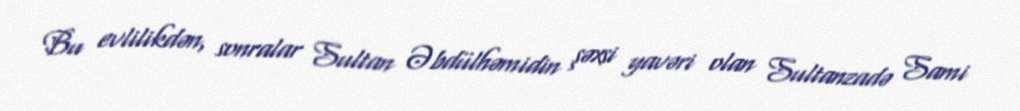
Bu evlilikdən, sonralar Sultan Əbdülhəmidin şəxsi yavəri olan Sultanzadə Sami